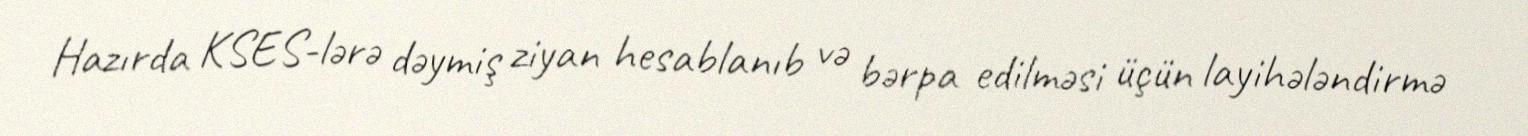
Hazırda KSES-lərə dəymiş ziyan hesablanıb və bərpa edilməsi üçün layihələndirmə